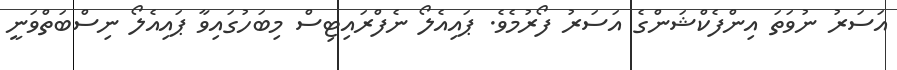
އަސަރު ނުވަތަ އިންފެކްޝަންގެ އަސަރު ފޯރުމެވެ. ޕައިއެލޯ ނެފްރައިޓިސް މިބަހުގައިވާ ޕައިއެލޯ ނިސްބަތްވަނީ